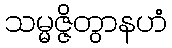
သမ္မဇ္ဇိတွာနဟံ